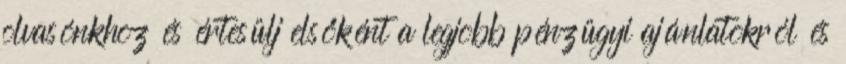
olvasónkhoz és értesülj elsőként a legjobb pénzügyi ajánlatokról és